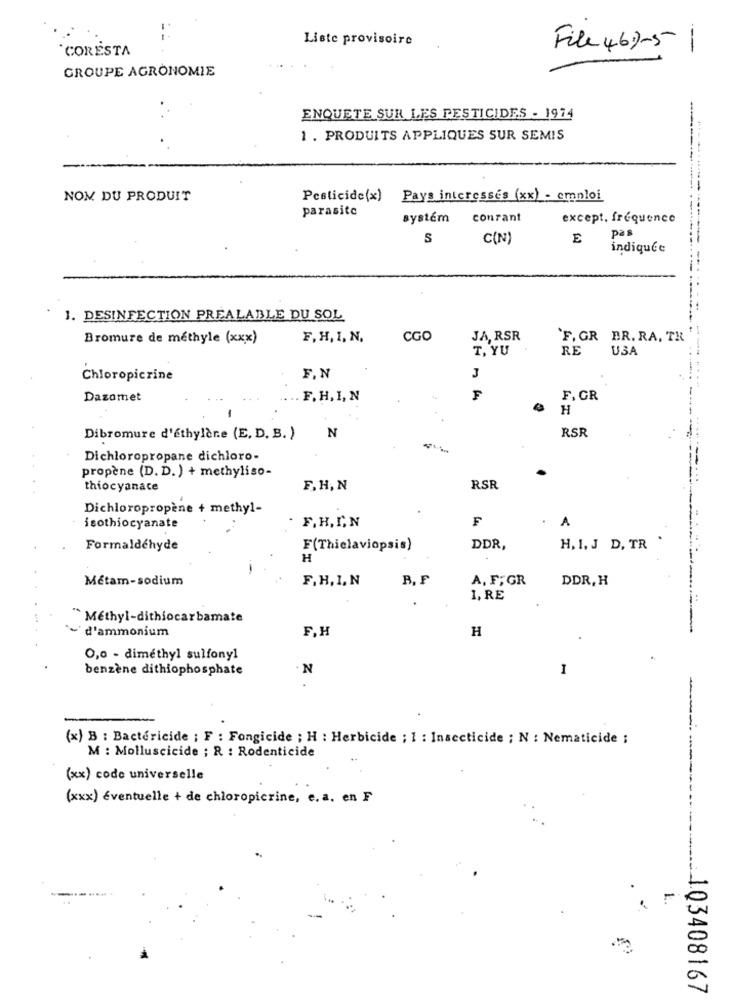
Liste provisoire
CORESTA
File 46-51
GROUPE AGRONOMIE
ENQUETE SUR LES PESTICIDES - 1974
1 . PRODUITS APPLIQUES SUR SEMIS
NOM DU PRODUIT
Pesticide(x)
Pays interesses (xx) - emploi
parasite
system
conrant
except. fréquence
S
C(N)
E
pas
indiquée
1. DESINFECTION PREALABLE DU SOL
Bromure de méthyle (xxx)
F. H, I, N,
CGO
JA, RSR
`F, GR BR. RA. TR
T, YU
RE
USA
Chloropicrine
F, N
J
Dazamet
F.H, I, N
F
F. GR
H
N
RSR
Dibromure d'éthylène (E. D. B. )
Dichloropropane dichloro-
propène (D. D.) + methyliso-
thiocyanace
F. H, N
RSR
Dichloropropène + methyl-
F
isothiocyanate
F. H, I, N
A
Formaldéhyde
F(Thiclaviopsis)
DDR
H. 1. J D, TR
H
-
Métam-sodium
F.H. I. N
B, F
A, F, GR
DDR, H
1, RE
" Methyl-dithiocarbamate
' d'ammonium
F,H
H
O,0 - dimethyl sulfony1
benzène dithiophosphate
N
1
(x) B : Bactéricide ; F : Fongicide ; H : Herbicide ; 1 : Insecticide ; N : Nematicide ;
M : Molluscicide ; R : Rodenticide
(xx) code universelle
(xxx) éventuelle + de chloropicrine, e. a. en F
=
103408167